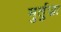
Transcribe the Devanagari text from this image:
मुर्तुज़ा